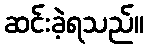
ဆင်းခဲ့ရသည်။